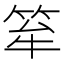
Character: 𥭏